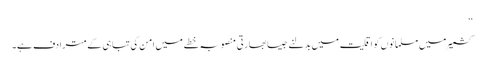
‘‘
کشمیر میں مسلمانوں کو اقلیت میں بدلنے جیسا بھارتی منصوبہ خطے میں امن کی تباہی کے مترادف ہے۔